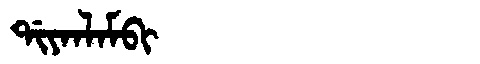
Manchu: ᡩᡳᠶᠠᠨᠯᠠᠮᠪᡳ
Romanization: DIYANLAMBI